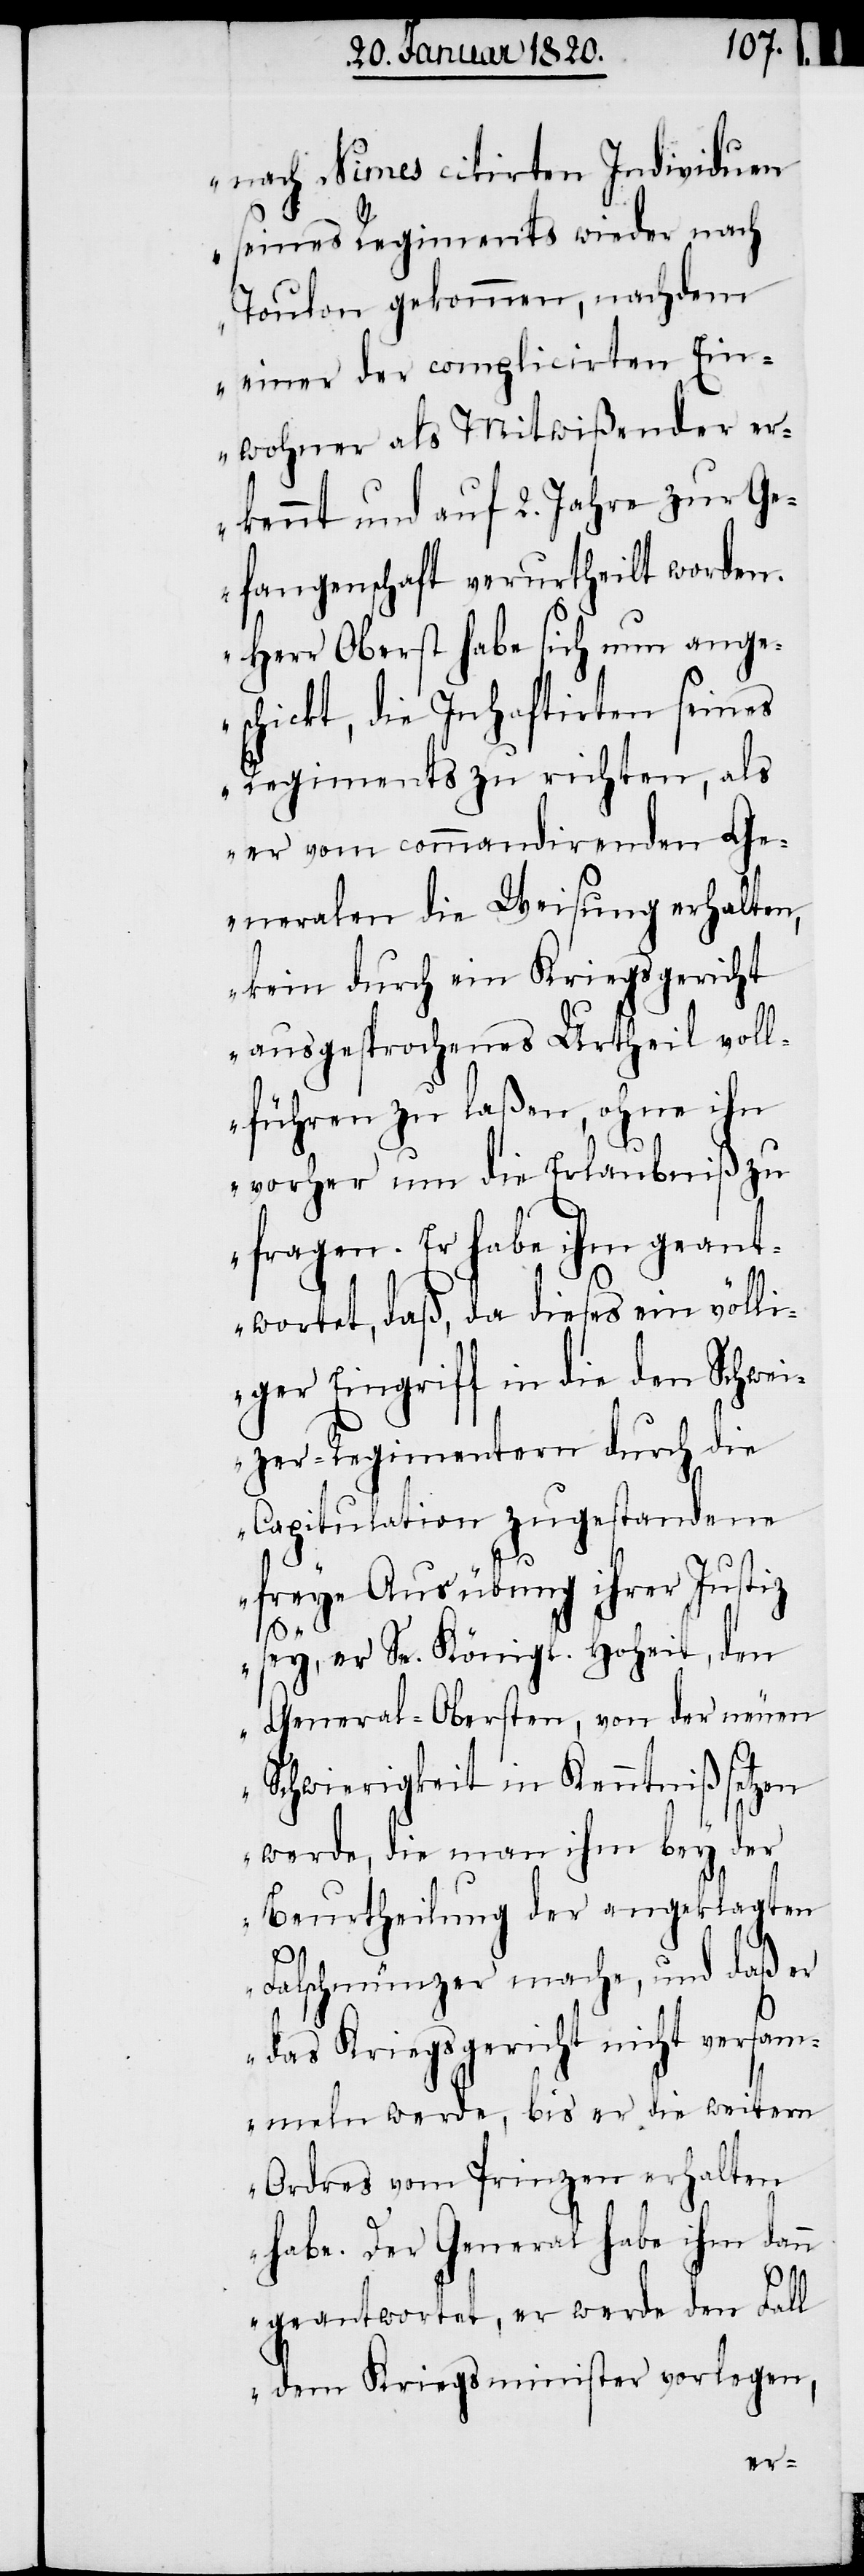
nach Nimes citirten Individuen
seines Regiments wieder nach
Toulon gekommen, nachdem
einer der complicirten Ein¬
wohner als Mitwißender er¬
kennt und auf 2. Jahre zur Ge¬
fangenschaft verurtheilt worden.
Herr Oberst habe sich nun ange¬
schickt, die Inhaftirten seines
Regiments zu richten, als
er vom commandirenden Ge¬
neralen die Weisung erhalten,
kein durch ein Kriegsgericht
ausgesprochenes Urtheil voll¬
führen zu laßen, ohne ihn
vorher um die Erlaubniß zu
fragen. Er habe ihm geant¬
wortet, daß, da dieses ein völli¬
ger Eingriff in die den Schwei¬
zer-Regimentern durch die
Capitulation zugestandene
freye Ausübung ihrer Justiz
sey, er Se. Königl. Hoheit, den
General-Obersten, von der neuen
Schwierigkeit in Kenntniß setzen
werde, die man ihm bey der
Beurtheilung der angeklagten
Falschmünzer mache, und daß er
das Kriegsgericht nicht versam¬
meln werde, bis er die weitern
Ordres vom Prinzen erhalten
habe. Der General habe ihm dann
geantwortet, er werde den Fall
dem Kriegsminister vorlegen,